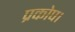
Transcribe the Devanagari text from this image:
प्रकोप।